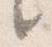
之